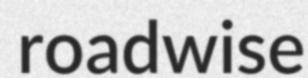
roadwise